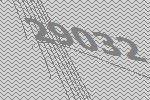
29032